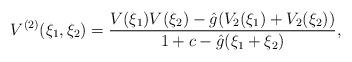
LaTeX: \begin{align*}V^{(2)}(\xi_1,\xi_2)=\frac{ V(\xi_1) V(\xi_2) -\hat{g} (V_2(\xi_1)+V_2(\xi_2))}{1+c-\hat{g}(\xi_1+\xi_2)},\end{align*}